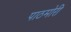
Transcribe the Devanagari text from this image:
पाठमोरी